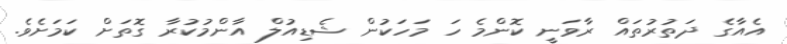
އެއާގެ ދަތުރުތައް ރާވަނީ ކޮންމެ ހަ މަހަކުން ޝެޑިއުލް އާންމުކުރާ ގޮތަށް ކަމަށެވެ.